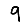
Digit: 9